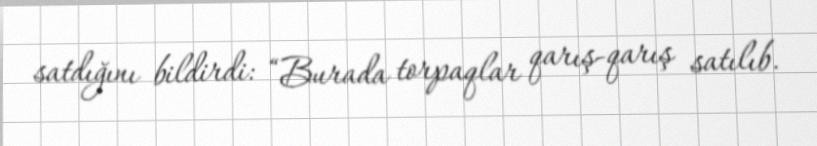
satdığını bildirdi: “Burada torpaqlar qarış-qarış satılıb.